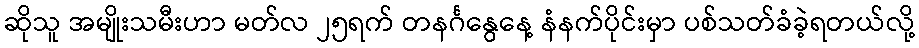
ဆိုသူ အမျိုးသမီးဟာ မတ်လ ၂၅ရက် တနင်္ဂနွေနေ့ နံနက်ပိုင်းမှာ ပစ်သတ်ခံခဲ့ရတယ်လို့